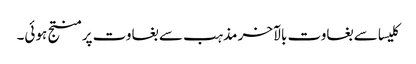
کلیسا سے بغاوت بالآخر مذہب سے بغاوت پر منتج ہوئی۔